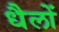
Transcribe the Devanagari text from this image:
धैलों